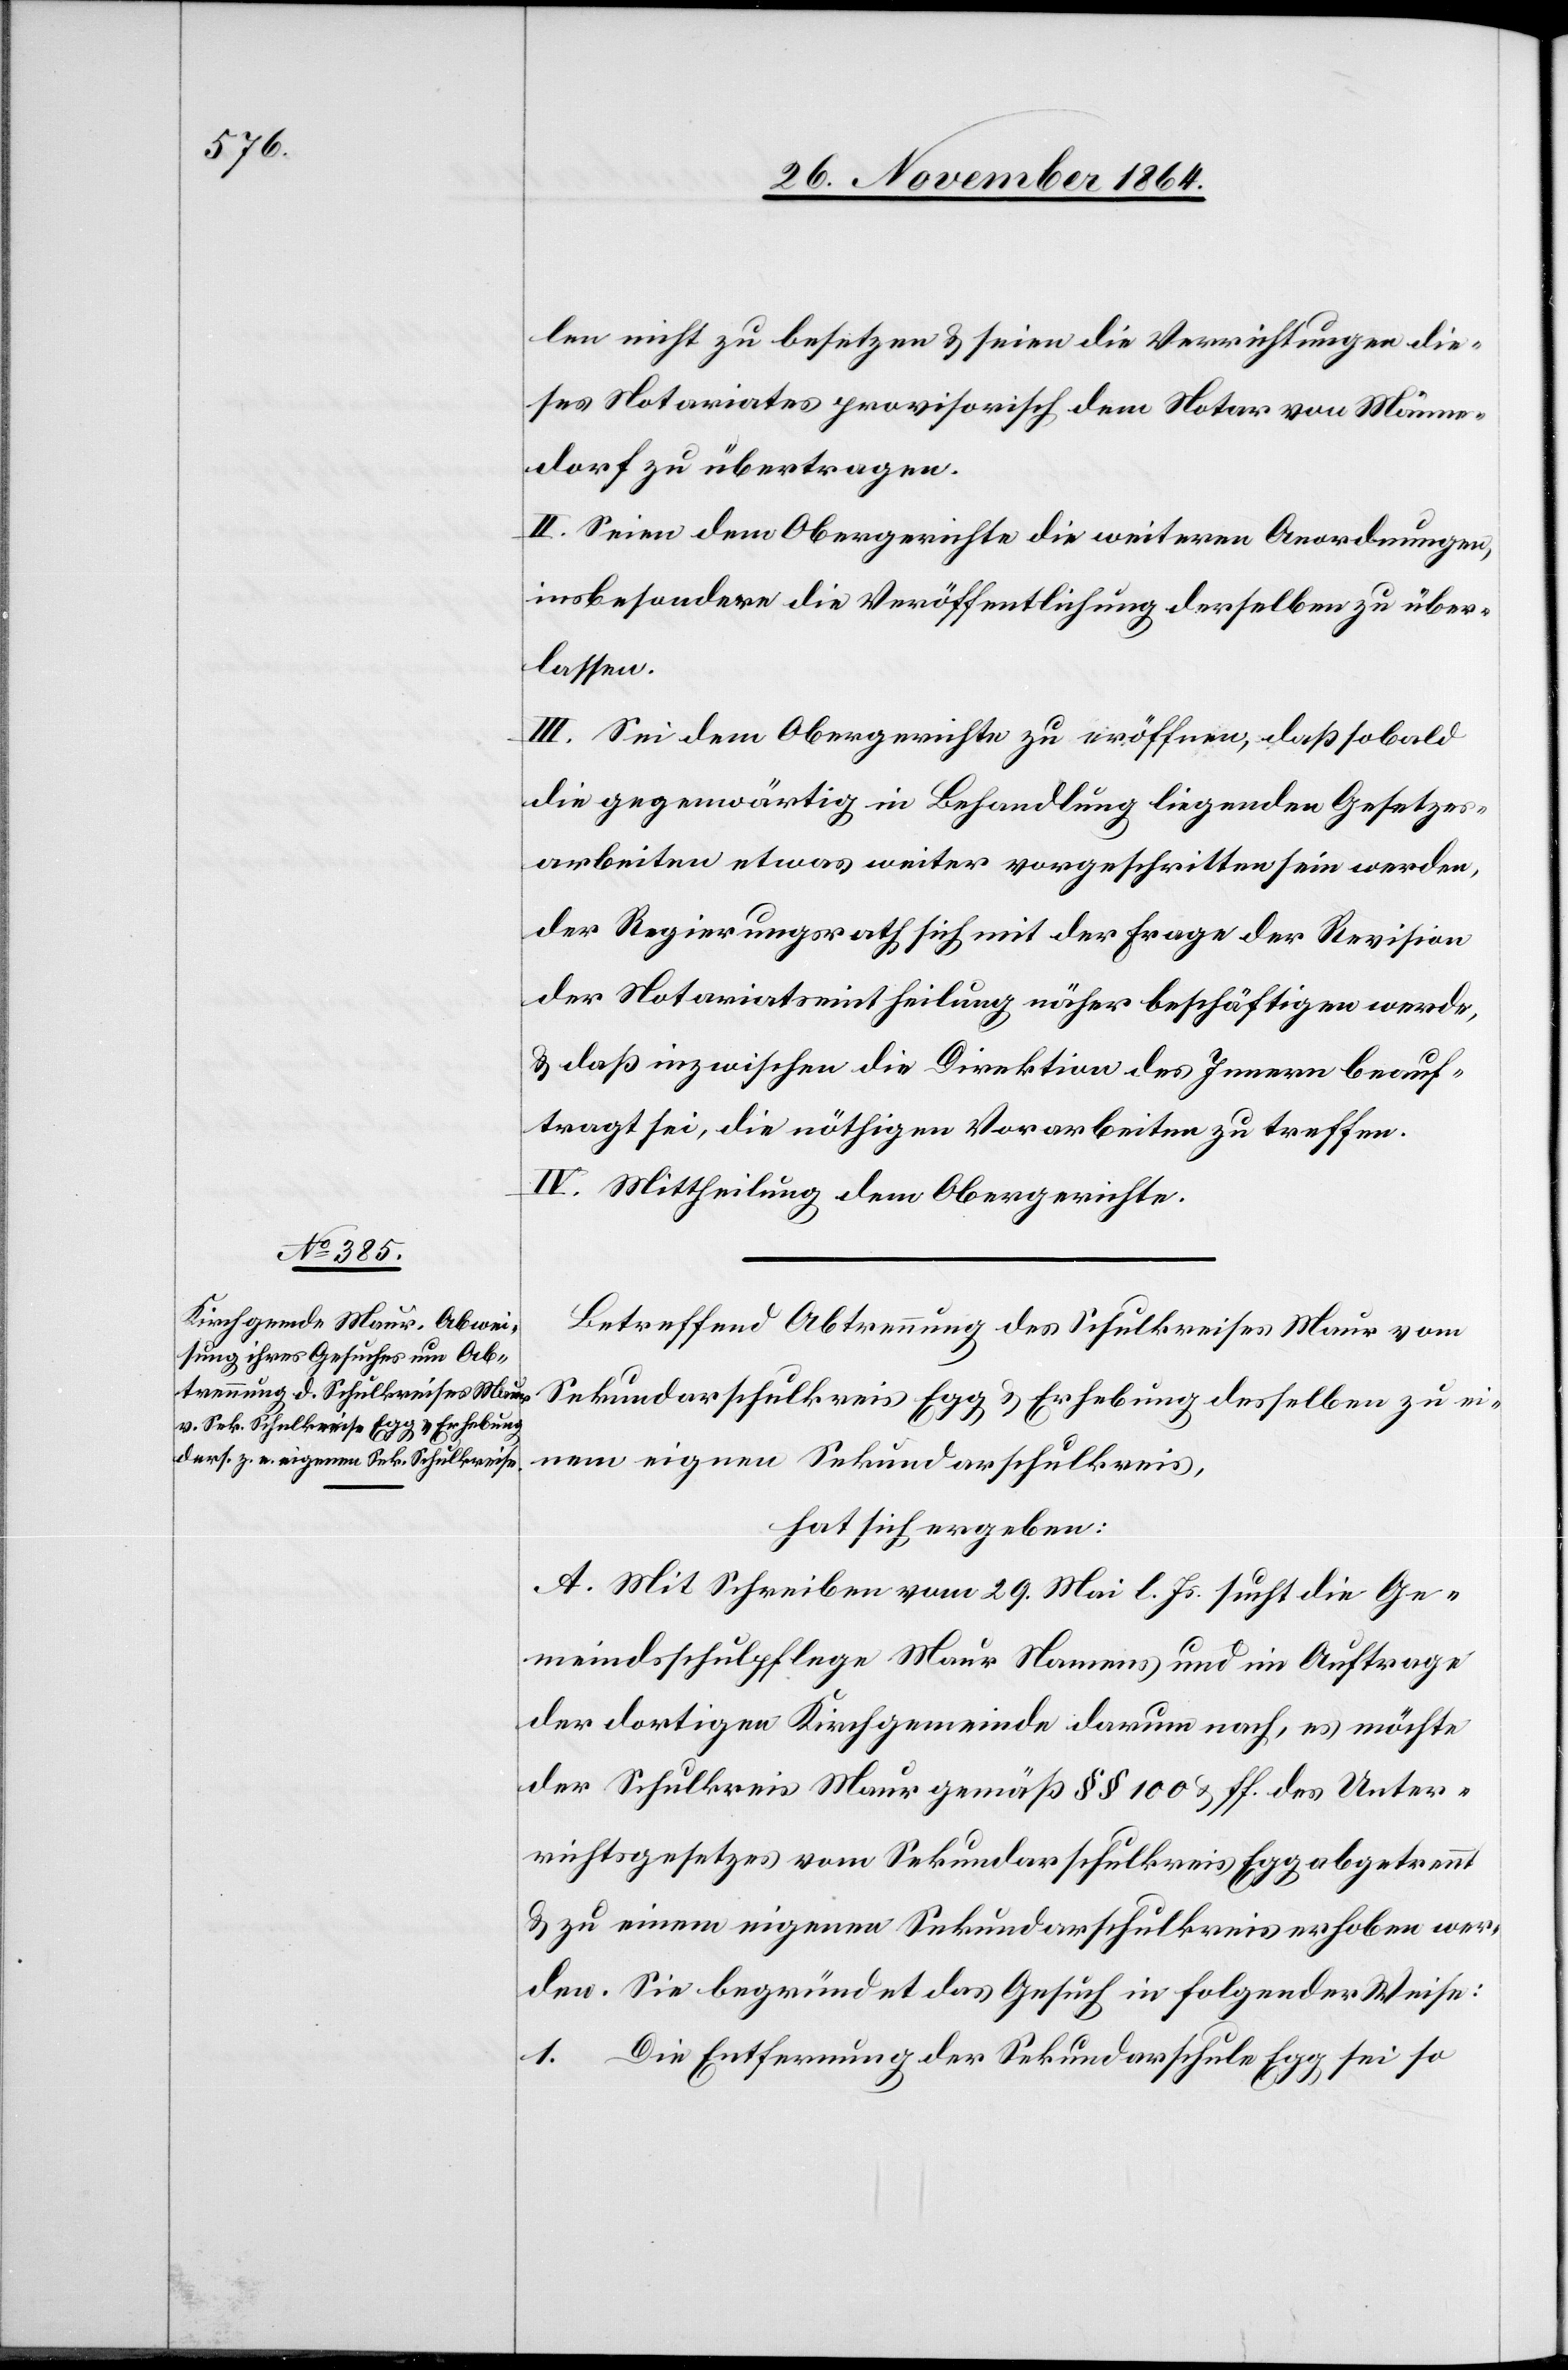
len nicht zu besetzen & seien die Verrichtungen die¬
ses Notariates provisorisch dem Notar von Männe¬
dorf zu übertragen.
II. Seien dem Obergerichte die weitern Anordnungen,
insbesondere die Veröffentlichung derselben zu über¬
lassen.
III. Sei dem Obergerichte zu eröffnen, daß sobald
die gegenwärtig in Behandlung liegenden Gesetzes¬
arbeiten etwas weiter vorgeschritten sein werden,
der Regierungsrath sich mit der Frage der Revision
der Notariatseintheilung näher beschäftigen werde,
& daß inzwischen die Direktion des Innern beauf¬
tragt sei, die nöthigen Vorarbeiten zu treffen.
IV. Mittheilung dem Obergerichte.
Betreffend Abtrennung des Schulkreises Maur vom
Sekundarschulkreis Egg & Erhebung desselben zu ei¬
nem eignen Sekundarschulkreis,
hat sich ergeben:
A. Mit Schreiben vom 29. Mail l. Js. sucht die Ge¬
meindsschulpflege Maur Namens und im Auftrage
der dortigen Kirchgemeinde darum nach, es möchte
der Schulkreis Maur gemäß § 100 & ff. des Unter¬
richtsgesetzes vom Sekundarschulkreis Egg abgetrennt
& zu einem eigenen Sekundarschulkreis erhoben wer¬
den. sie begründet das Gesuch in folgender Weise:
1. Die Entfernung der Sekundarschule Egg sei so